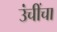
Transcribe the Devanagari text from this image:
उंचींचा